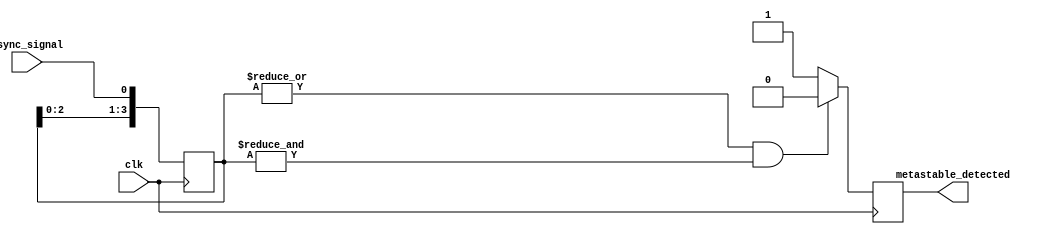
module metastability_detector #(
    parameter NUM_SAMPLES = 4, // Number of sampling flip-flops
    parameter CLK_FREQ = 100,   // Clock frequency in MHz
    parameter SAMPLE_FREQ = 10  // Sampling frequency in MHz
)(
    input wire clk,             // Clock signal for the detector
    input wire async_signal,    // Asynchronous input signal
    output reg metastable_detected // Output signal indicating metastability
);

    // Declare sampling flip-flops
    reg [NUM_SAMPLES-1:0] samples;

    // Random sampling mechanism: sample the async signal at different clock edges
    always @(posedge clk) begin
        // Shift the samples left and sample the async_signal into the least significant bit
        samples <= {samples[NUM_SAMPLES-2:0], async_signal};
    end

    // Metastability detection logic
    always @(posedge clk) begin
        // Check for discrepancies among the sampled values
        if (|samples && &samples) begin
            // If all samples are the same or all are different, no metastability
            metastable_detected <= 0;
        end else begin
            // If there is a mix of values, it suggests a metastable state
            metastable_detected <= 1;
        end
    end

endmodule